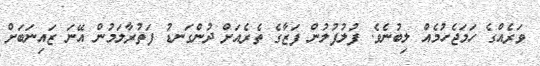
ވަރެއްގެ ހަމަޖެހުމެއް ލިބުނެވެ. ފުލުފުލުން ފަޒާގެ ތެރެއަށް ދުންގަނޑު ފަތުރާލަމުން އޭނަ ޒައިނަބަށް